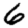
Digit: 6